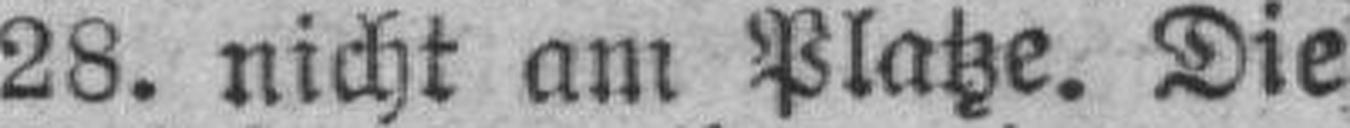
28. nicht am Platze. Die